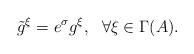
LaTeX: \begin{align*}\tilde{g}^{\xi }=e^{\sigma }g^{\xi },~\ \forall \xi \in \Gamma (A).\end{align*}